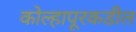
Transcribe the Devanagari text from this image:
कोल्हापूरकडील